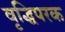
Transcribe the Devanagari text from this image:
वृद्धिपरक